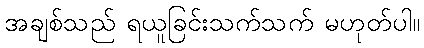
အချစ်သည် ရယူခြင်းသက်သက် မဟုတ်ပါ။